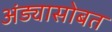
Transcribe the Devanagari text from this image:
अंड्यासोबत